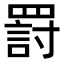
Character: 罸